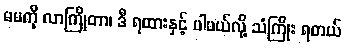
မမကို လာကြိုတာ၊ ဒီ ရထားနှင့် ပါမယ်လို့ သံကြိုး ရတယ်